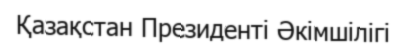
Қазақстан Президенті Әкімшілігі